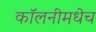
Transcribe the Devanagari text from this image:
कॉलनीमधेच